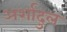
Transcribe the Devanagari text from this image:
अर्शादुल